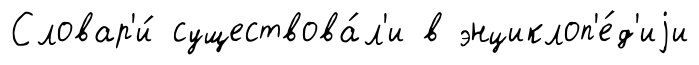
Словар'и́ существова́л'и в энциклоп'е́д'иjи